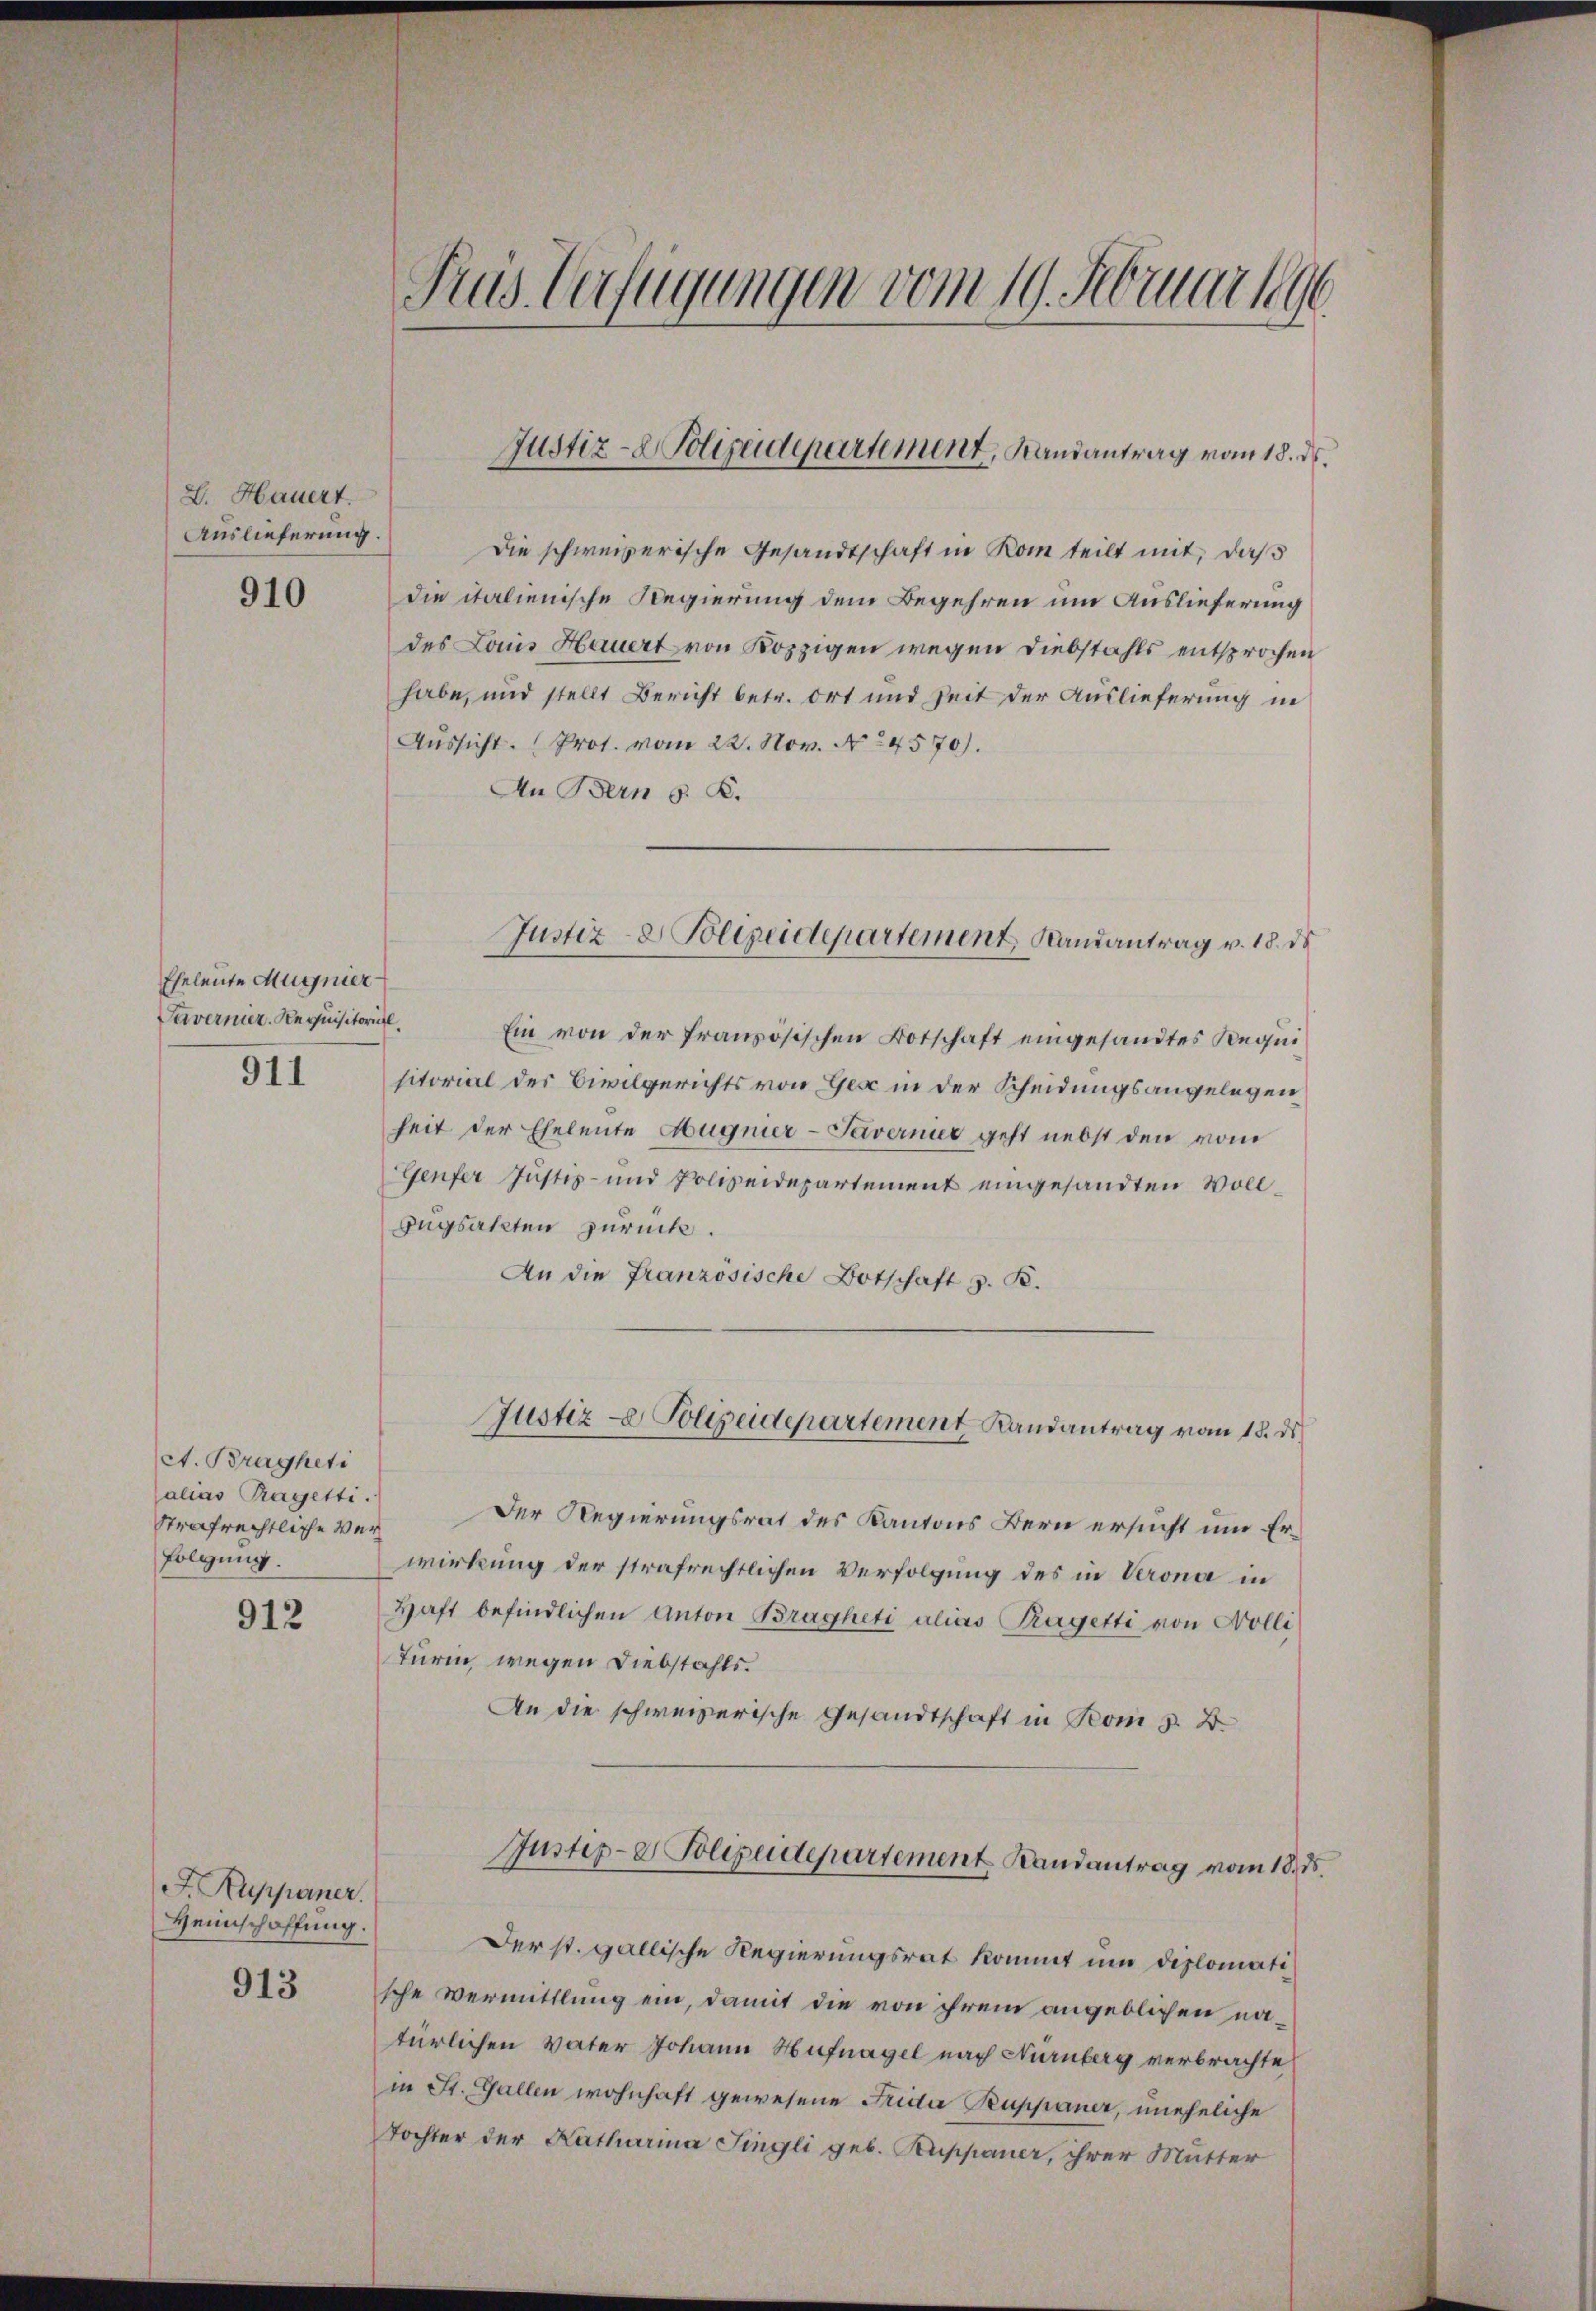
L. Hauert.
Auslieferung.

910

Eheleute Muggnier
Tavernier, Requisitorial,

911

A. Bragheti
alias Tragetti.
Strafrechtliche Verfolgung.

912

F. Ruppaner.
Heinschaffung.

913

Pras Verfügungen vom 10. Februar 1896

Die schweizerische Gesandtschaft in Rom teilt mit, daß
die italienische Regierung dem Begehren um Auslieferung
des Louis Hauert von Koppigen wegen Diebstahls entsprochen
habe, und stellt Bericht betr. Ort und Zeit der Auslieferung in
Aussicht. Prot. vom 22. Nov. No 4570).
An Bern S. K.
Ein von der französischen Botschaft eingesandtes Requi
sitorial der Civilgerichts von Gese in der Scheidungsangelegen
heit der Eheleute Hugnier-Tavernier geht nebst den vom
Genfer Justiz- und Polizeidepartement eingesandten Voll¬
Bugsakten zurück.
An die Französische Botschaft z. B.
Justiz - Polizeidepartement Randantrag vom 18. ds.
Der Regierungsrat des Kantons Bern ersucht um Erwirkung der strafrechtlichen Verfolgung des in Verona in
Haft befindlichen Anton Bragheti alias Kragetti von Molli
Turm, wegen Diebstahls.
An die schweizerische Gesandtschaft in Rom z. B.
Justip-e Polizeidepartement Randantrag vom 18. ds.
Der st. gallische Regierungsrat kommt um diplomati
sche Vermittlung ein, damit die von ihrem angeblichen natürlichen Vater Johann Hufnagel nach Nürnberg verbrachte
in St. Gallen wohnhaft gewesene Frida Kuppaner, uneheliche
Tochter der Katharina Fingli geb. Ruppaner, ihrer Mutter

Justiz- & Polizeidepartement, Randantrag vom 18. d.

Justiz- & Polizeidepartement Randantrag v. 18. ds